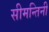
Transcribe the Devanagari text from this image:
सीमन्तिनी